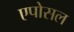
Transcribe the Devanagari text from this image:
एपोसल